Civil Veterinary Department. Central Provinces & Berar 1925-31 - 1925-1931
Year: 1925
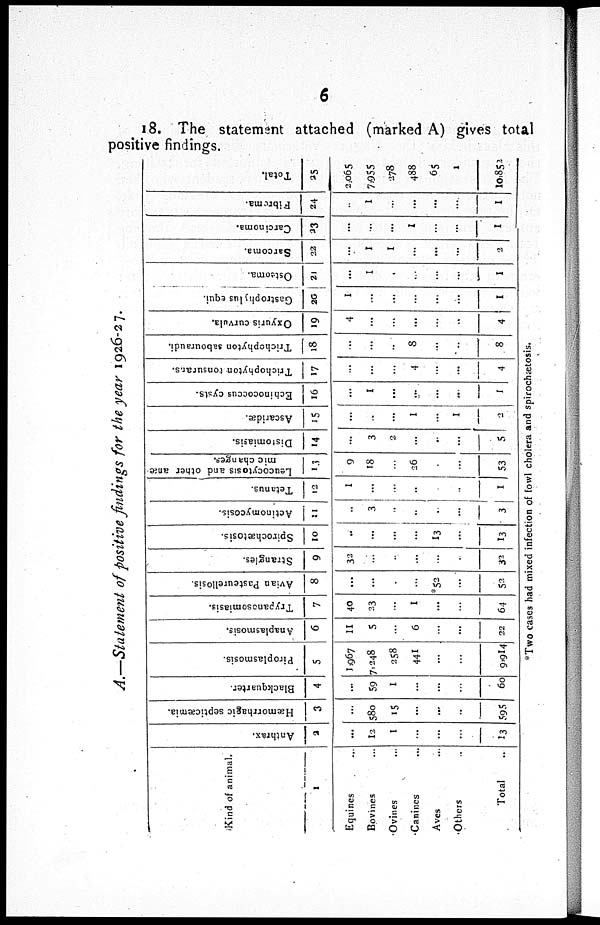
6
18. The statement attached (marked A) gives total
positive findings.
A.—Statement of positive findings for the year 1926-27.
Kind of animal.
1
Equines ...
Bovines ...
Ovines ...
Canines ...
Aves ...
Others
Total
Anthrax.
2
...
12
1
...
...
...
13
Hæmorrhagic septicæmia.
3
...
580
15
...
...
...
595
Blackquarter.
4
...
59
1
...
...
...
60
Piroplasmosis.
5
1,967
7,248
258
441
...
...
9,914
Anaplasmosis.
6
11
5
...
6
...
...
22
Trypanosomiasis.
7
40
23
...
1
...
...
64
Avian Pasteurellosis.
8
...
...
...
...
*52
...
52
Strangles.
9
32
...
..
...
...
..
32
Spirochetosis.
10
..
...
...
...
13
...
13
Actinomycosis.
11
...
3
..
..
...
...
3
Tetanus.
12
1
...
...
..
...
..
1
Leucocytosis and other anæ
mic changes.
13
9
18
...
26
...
...
53
Distomiasis.
14
...
3
2
...
..
...
5
Ascaridæ.
15
...
...
...
1
...
1
2
Echinococcus cysts.
16
...
1
...
...
...
...
1
Trichophyton tonsurans.
17
...
...
...
4
...
...
4
Trichophyton sabouraudi.
18
...
...
...
8
...
...
8
Oxyuris curvula.
19
4
...
...
...
...
...
4
Gastrophylus equi.
20
1
...
...
...
...
...
1
Osteoma.
21
...
1
.
...
...
...
1
Sarcoma.
22
...
1
1
...
...
...
2
Carcinoma.
23
...
...
...
1
...
...
1
Fibroma.
24
...
1
...
...
...
...
1
Total.
25
2,065
7,955
278
488
65
1
10,852
*Two cases had mixed infection of fowl cholera and spirochetosis.